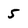
Character: 5